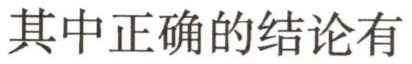
其中正确的结论有